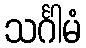
သင်္ဂါမံ